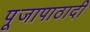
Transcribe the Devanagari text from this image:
पूजापाठादी